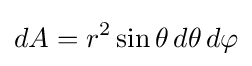
dA=r^{2}\sin \theta \,d\theta \,d\varphi